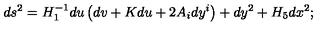
d s ^ { 2 } = H _ { 1 } ^ { - 1 } d u \left( d v + K d u + 2 A _ { i } d y ^ { i } \right) + d y ^ { 2 } + H _ { 5 } d x ^ { 2 } ;